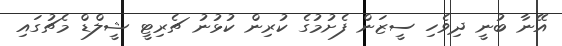
އޭނާ ބުނީ ދިވެހި ސީޒަން ފެށުމުގެ ކުރިން ކުޅުނު ޗެރިޓީ ޝީލްޑް މެޗުގައި